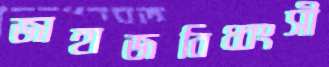
জাহাজবিধ্বংসী